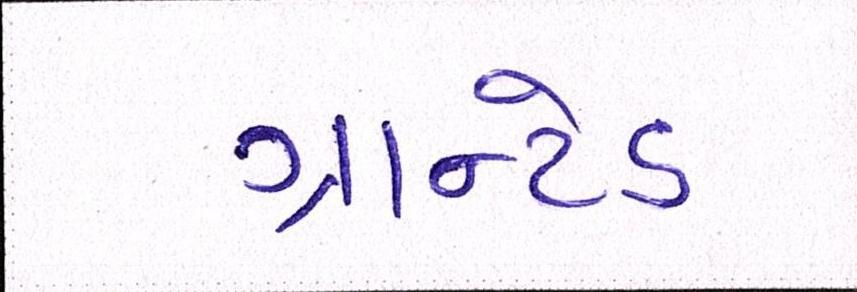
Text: ગ્રાન્ટેડ